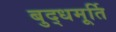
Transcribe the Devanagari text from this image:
बुद्धमूर्ति